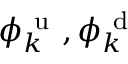
\phi _ { k } ^ { \mathrm { ~ u ~ } } , \phi _ { k } ^ { \mathrm { ~ d ~ } }